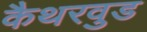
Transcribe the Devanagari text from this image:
कैथरवुड